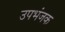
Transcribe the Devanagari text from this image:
उपभंजक